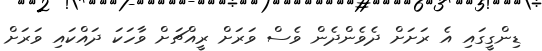
ޑިންގީގައި އެ ރަށަށް ދެވެންދެން ވެސް ވަރަށް ރީއްޗަށް ވާހަކަ ދައްކައި ވަރަށް